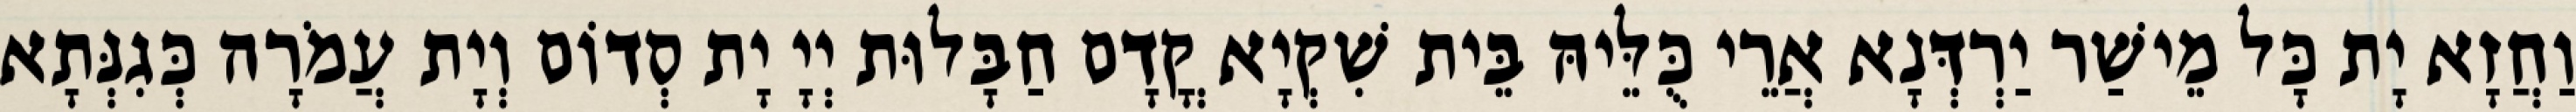
וַחֲזָא יָת כָּל מֵישַׁר יַרְדְּנָא אֲרֵי כֻּלֵּיהּ בֵּית שִׁקְיָא קֳדָם חַבָּלוּת יְיָ יָת סְדוֹם וְיָת עֲמֹרָה כְּגִנְּתָא